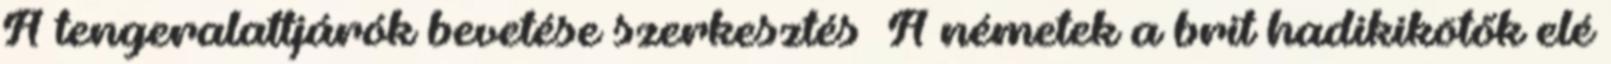
A tengeralattjárók bevetése szerkesztés A németek a brit hadikikötők elé